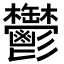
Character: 鬱